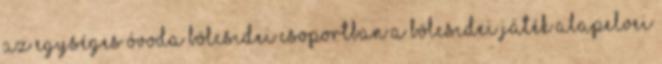
az egységes óvoda bölcsıdei csoportban A bölcsıdei játék alapelvei